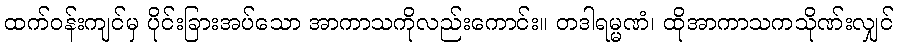
ထက်ဝန်းကျင်မှ ပိုင်းခြားအပ်သော အာကာသကိုလည်းကောင်း။ တဒါရမ္မဏံ၊ ထိုအာကာသကသိုဏ်းလျှင်